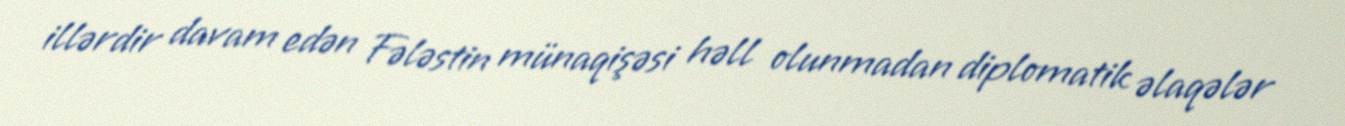
illərdir davam edən Fələstin münaqişəsi həll olunmadan diplomatik əlaqələr